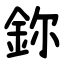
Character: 鉨